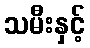
သမီးနှင့်